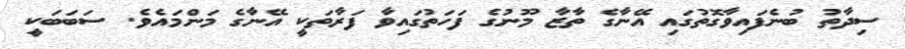
ސިދާތު ބުނެފައިވާގޮތުގައި އޭނާގެ ތާޒާ މޫނުގެ ފަހަތުގައިވާ ފަރާތަކީ އޭނާގެ މަންމައެވެ. ސަބަބަކީ